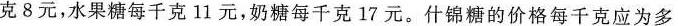
克8元，水果糖每千克11元，奶糖每千克17元。什锦糖的价格每千克应为多